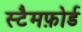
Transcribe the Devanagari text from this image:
स्टैमफ़ोर्ड